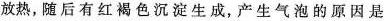
放热，随后有红褐色沉淀生成，产生气泡的原因是